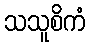
သသူစိကံ